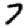
Digit: 7